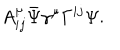
A _ { i j } ^ { \mu } \bar { \Psi } \gamma ^ { \mu } \Gamma ^ { i j } \Psi .